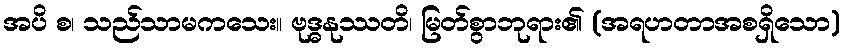
အပိ စ၊ သည်သာမကသေး။ ဗုဒ္ဓနုဿတိ၊ မြတ်စွာဘုရား၏ (အရဟတာအစရှိသော)